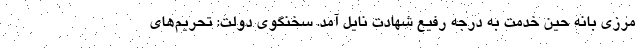
مرزی بانه حین خدمت به درجه رفیع شهادت نایل آمد. سخنگوی دولت: تحریم‌های